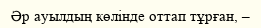
Әр ауылдың көлiнде оттап тұрған, –